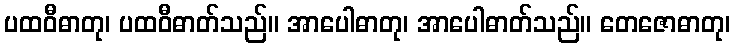
ပထဝီဓာတု၊ ပထဝီဓာတ်သည်။ အာပေါဓာတု၊ အာပေါဓာတ်သည်။ တေဇောဓာတု၊